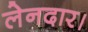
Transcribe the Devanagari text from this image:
लेनदार।